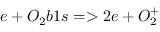
e + O _ { 2 } b 1 s = > 2 e + O _ { 2 } ^ { + }